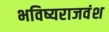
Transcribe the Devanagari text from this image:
भविष्यराजवंश